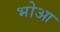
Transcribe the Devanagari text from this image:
भोआ